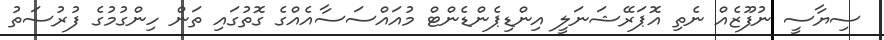
ސިޔާސީ ނުފޫޒެއް ނެތި އޮޕަރޭޝަނަލީ އިންޑިޕެންޑެންޓް މުއައްސަސާއެއްގެ ގޮތުގައި ތަން ހިންގުމުގެ ފުރުސަތު